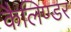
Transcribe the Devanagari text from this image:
कैलिण्डर